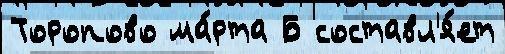
Торопово ма́рта Б составл'я́ет